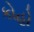
કોહો